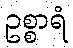
ဥစ္စာရံ